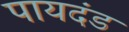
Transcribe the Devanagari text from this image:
पायदंड